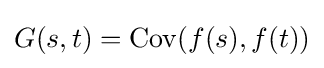
G(s,t)=\operatorname {Cov} (f(s),f(t))